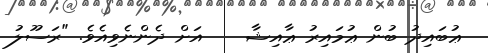
ޢުބައިދު ބުން ޢުމައިރު ޢާއިޝާ    އަށް ދެންނެވިއެވެ. "ރަސޫލު